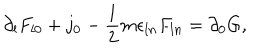
\partial _ { l } F _ { l 0 } + j _ { 0 } - \frac { 1 } { 2 } m \epsilon _ { l n } F _ { l n } = \partial _ { 0 } G ,